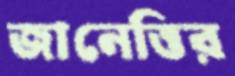
জানেত্তির